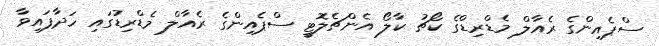
ސްޕެއިންގެ ރެއާލް މެޑްރިޑްގެ ކޯޗު ކާލޯ އެންޗެލޮޓީ ސްޕެއިންގެ ރެއާލް މެޑްރިޑުގައި ހަދާފައިވާ